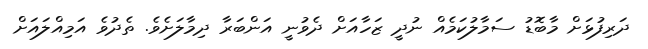
ދަރިފުޅަށް މާބޮޑު ސަމާލުކަމެއް ނުދީ ޒަހާއަށް ދެވުނީ އަންބަރާ ދިމާލަށެވެ. ތެދުވެ އަމިއްލައަށް